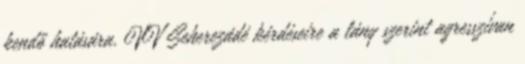
kendő hatására. VV Seherezádé kérdéseire a lány szerint agresszívan